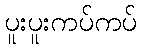
ပူးပူးကပ်ကပ်